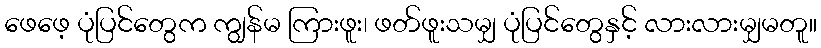
ဖေဖေ့ ပုံပြင်တွေက ကျွန်မ ကြားဖူး၊ ဖတ်ဖူးသမျှ ပုံပြင်တွေနှင့် လားလားမျှမတူ။